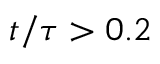
t / \tau > 0 . 2